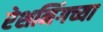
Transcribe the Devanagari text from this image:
रेशनिंगच्या